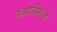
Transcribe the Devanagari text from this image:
नवरात्रीमध्ये